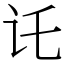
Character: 讬